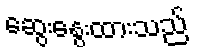
ဆွေးနွေးထားသည်